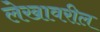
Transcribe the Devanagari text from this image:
लेखावरील